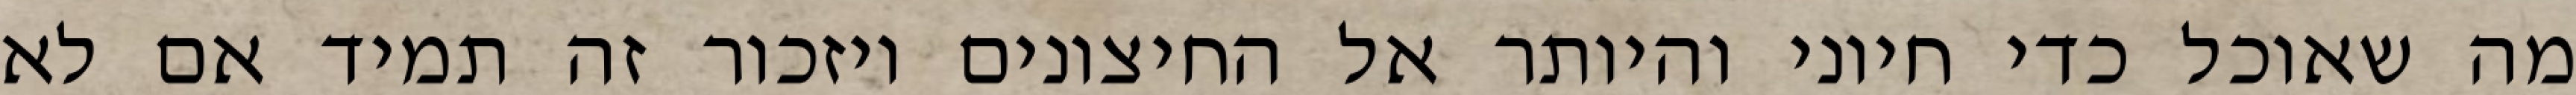
מה שאוכל כדי חיוני והיותר אל החיצונים ויזכור זה תמיד אם לא